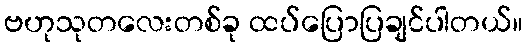
ဗဟုသုတလေးတစ်ခု ထပ်ပြောပြချင်ပါတယ်။